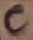
Text: C